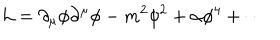
\mathcal { L } = \partial _ { \mu } \phi \partial ^ { \mu } \phi - m ^ { 2 } \phi ^ { 2 } + \alpha \phi ^ { 4 } + \cdots